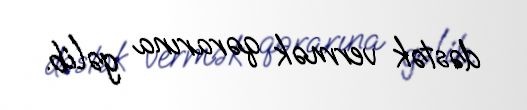
dəstək vermək qərarına gəlib.